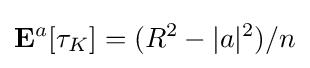
\mathbf {E} ^{a}[\tau _{K}]=(R^{2}-|a|^{2})/n